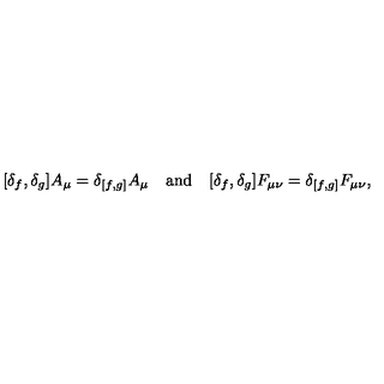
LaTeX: [ \delta _ { f } , \delta _ { g } ] A _ { \mu } = \delta _ { [ f , g ] } A _ { \mu } \quad \mathrm { a n d } \quad [ \delta _ { f } , \delta _ { g } ] F _ { \mu \nu } = \delta _ { [ f , g ] } F _ { \mu \nu } ,